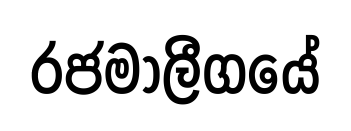
රජමාලීගයේ